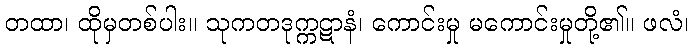
တထာ၊ ထိုမှတစ်ပါး။ သုကတဒုက္ကဋာနံ၊ ကောင်းမှု မကောင်းမှုတို့၏။ ဖလံ၊